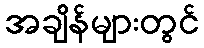
အချိန်များတွင်